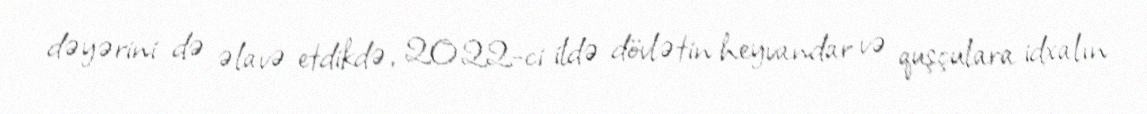
dəyərini də əlavə etdikdə, 2022-ci ildə dövlətin heyvandar və quşçulara idxalın